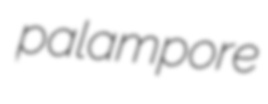
palampore